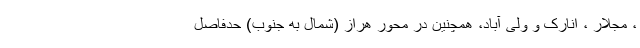
، مجلار ، انارک و ولی آباد، همچنین در محور هراز (شمال به جنوب) حدفاصل